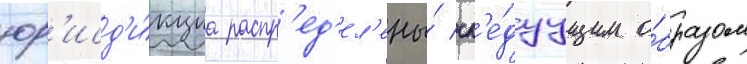
юр'исд'и́кциа распр'ед'ел'ены́ сл'е́дуущим о́бразом